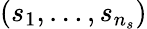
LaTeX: (s_{1},\ldots,s_{n_{s}})